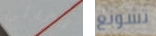
لقائي تشونغ